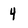
Character: 4